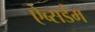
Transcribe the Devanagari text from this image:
ऐब्सर्डम